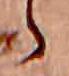
ら